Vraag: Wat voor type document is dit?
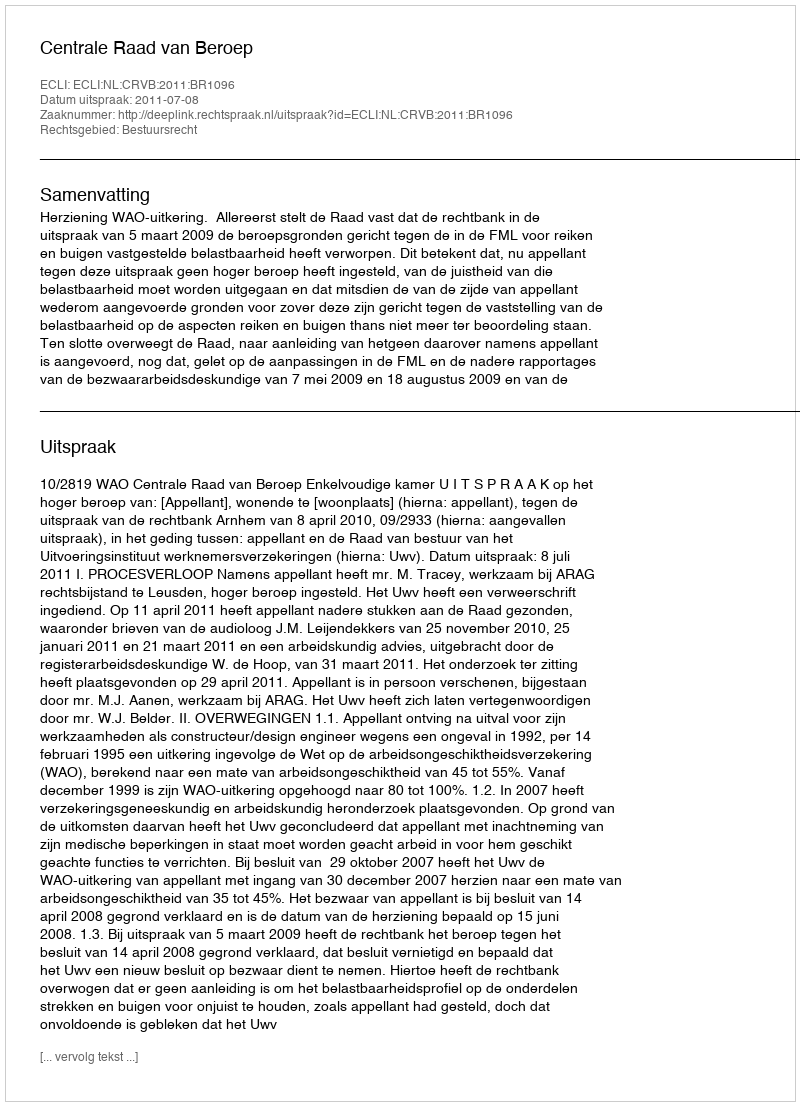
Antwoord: Uitspraak